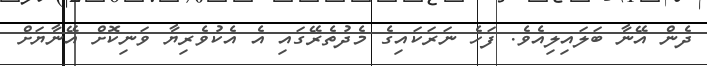
ދެން އޭނާ ބަލައިލިއެވެ. ފަހެ ނަރަކައިގެ މެދުތެރޭގައި އެ އެކުވެރިޔާ ވަނިކޮށް އޭނާޔަށް